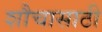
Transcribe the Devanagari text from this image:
शौचासाठी